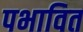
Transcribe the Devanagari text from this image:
पभावित